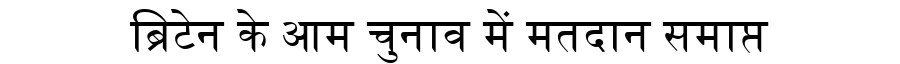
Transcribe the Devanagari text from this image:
ब्रिटेन के आम चुनाव में मतदान समाप्त